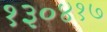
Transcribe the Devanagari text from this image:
१३०४१७